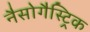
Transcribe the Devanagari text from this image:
नैसोगैस्ट्रिक